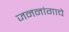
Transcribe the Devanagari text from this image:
जननांगाचे